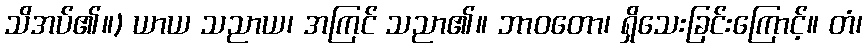
သိအပ်၏။) ယာယ သညာယ၊ အကြင် သညာ၏။ ဘာဝတော၊ ရှိသေးခြင်းကြောင့်။ တံ၊